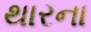
થારના